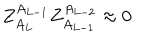
LaTeX: Z _ { A _ { L } } ^ { A _ { L - 1 } } Z _ { A _ { L - 1 } } ^ { A _ { L - 2 } } \approx 0 .